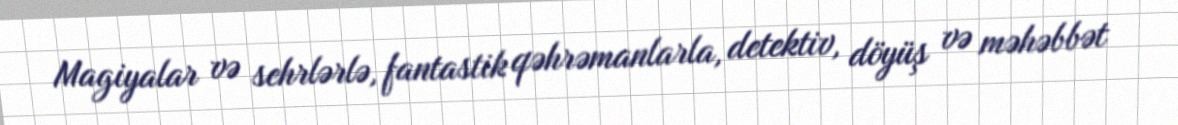
Magiyalar və sehrlərlə, fantastik qəhrəmanlarla, detektiv, döyüş və məhəbbət